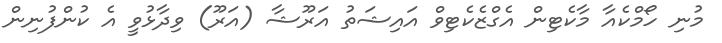
މުނި ހޯމްކެއާ މާކެޓިން އެގްޒެކެޓިވް އައިޝަތު އަރޫޝާ (އަރޫ) ވިދާޅުވީ އެ ކުންފުނިން